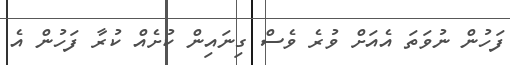
ފަހުން ނުވަތަ އެއަށް ވުރެ ވެސް ގިނައިން ކުށެއް ކުރާ ފަހުން އެ